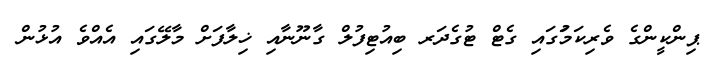
ޕިންކީންގެ ވެރިކަމުަގައި ގެޓް ޓުގެދަރ ބިއުޓިފުލް ގާނޫނާއި ޚިލާފަށް މާލޭގައި އެއްވެ އުޅުން